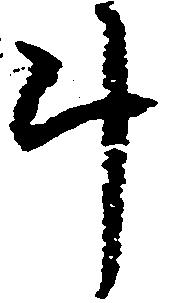
斗